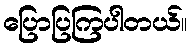
ပြောပြကြပါတယ်။